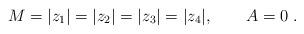
LaTeX: \begin{align*}M= |z_1|= |z_2|=|z_3|= |z_4| , \qquad A=0 \ .\end{align*}